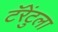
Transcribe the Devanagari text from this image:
टॅरेंटुला